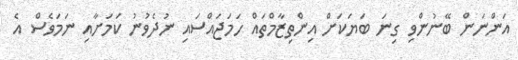
އަންނަން ބޭނުންވި ގިނަ ބަޔަކަށް އިންތިޒާމްތައް ހަމަޖައްސައި ނުދެވުނު ކަމަށާއި ނަމަވެސް އެ